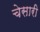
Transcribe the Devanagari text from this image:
चेसारी